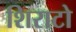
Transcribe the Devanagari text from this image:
शिराटो